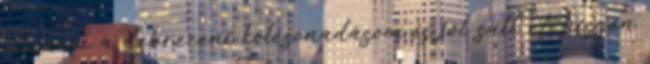
ellenére a debreceni kölcsönadásom is jól sült el, hiszen